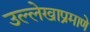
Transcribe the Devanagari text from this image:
उल्लेखाप्रमाणे